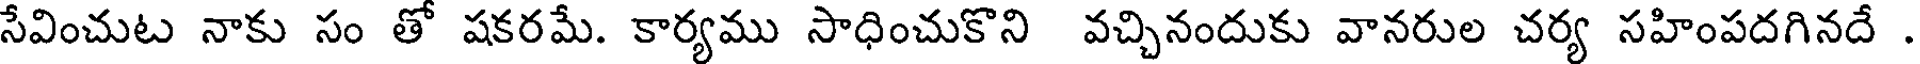
సేవించుట నాకు సం తో షకరమే. కార్యము సాధించుకొని వచ్చినందుకు వానరుల చర్య సహింపదగినదే .